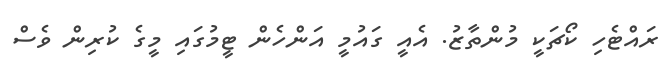
ރައްޓެހި ކޯޗަކީ މުންތާޒު. އެއީ ގައުމީ އަންހެން ޓީމުގައި މީގެ ކުރިން ވެސް